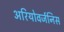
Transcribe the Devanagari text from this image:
अरियोवर्जनिस